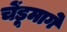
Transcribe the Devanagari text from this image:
चेंडूमागे